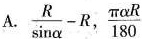
A. $$\frac{R}{ \sin \alpha }-R$$, \frac{ \pi \alpha R}{180}$$